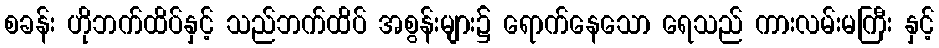
စခန်း ဟိုဘက်ထိပ်နှင့် သည်ဘက်ထိပ် အစွန်းများ၌ ရောက်နေသော ရေသည် ကားလမ်းမကြီး နှင့်